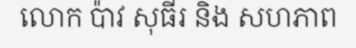
លោក ប៉ាវ សុធីរ និង សហភាព